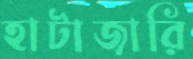
হাটাজারি